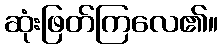
ဆုံးဖြတ်ကြလေ၏။